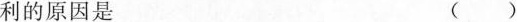
利的原因是（）